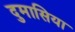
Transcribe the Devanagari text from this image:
दुमासिया